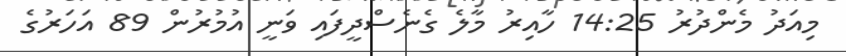
މިއަދު މެންދުރު 14:25 ހާއިރު މާލެ ގެނެސްދީފައި ވަނީ އުމުރުން 89 އަހަރުގެ